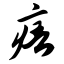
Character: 痦